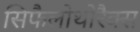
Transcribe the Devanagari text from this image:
सिफैलोथोरैक्स